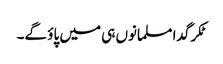
ٹکر گدا مسلمانوں ہی میں پاؤ گے۔